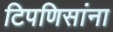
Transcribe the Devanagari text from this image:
टिपणिसांना